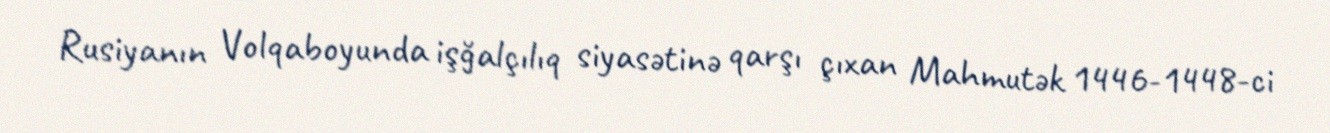
Rusiyanın Volqaboyunda işğalçılıq siyasətinə qarşı çıxan Mahmutək 1446-1448-ci